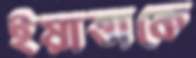
ইয়াত্তাকে